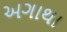
અગાથા